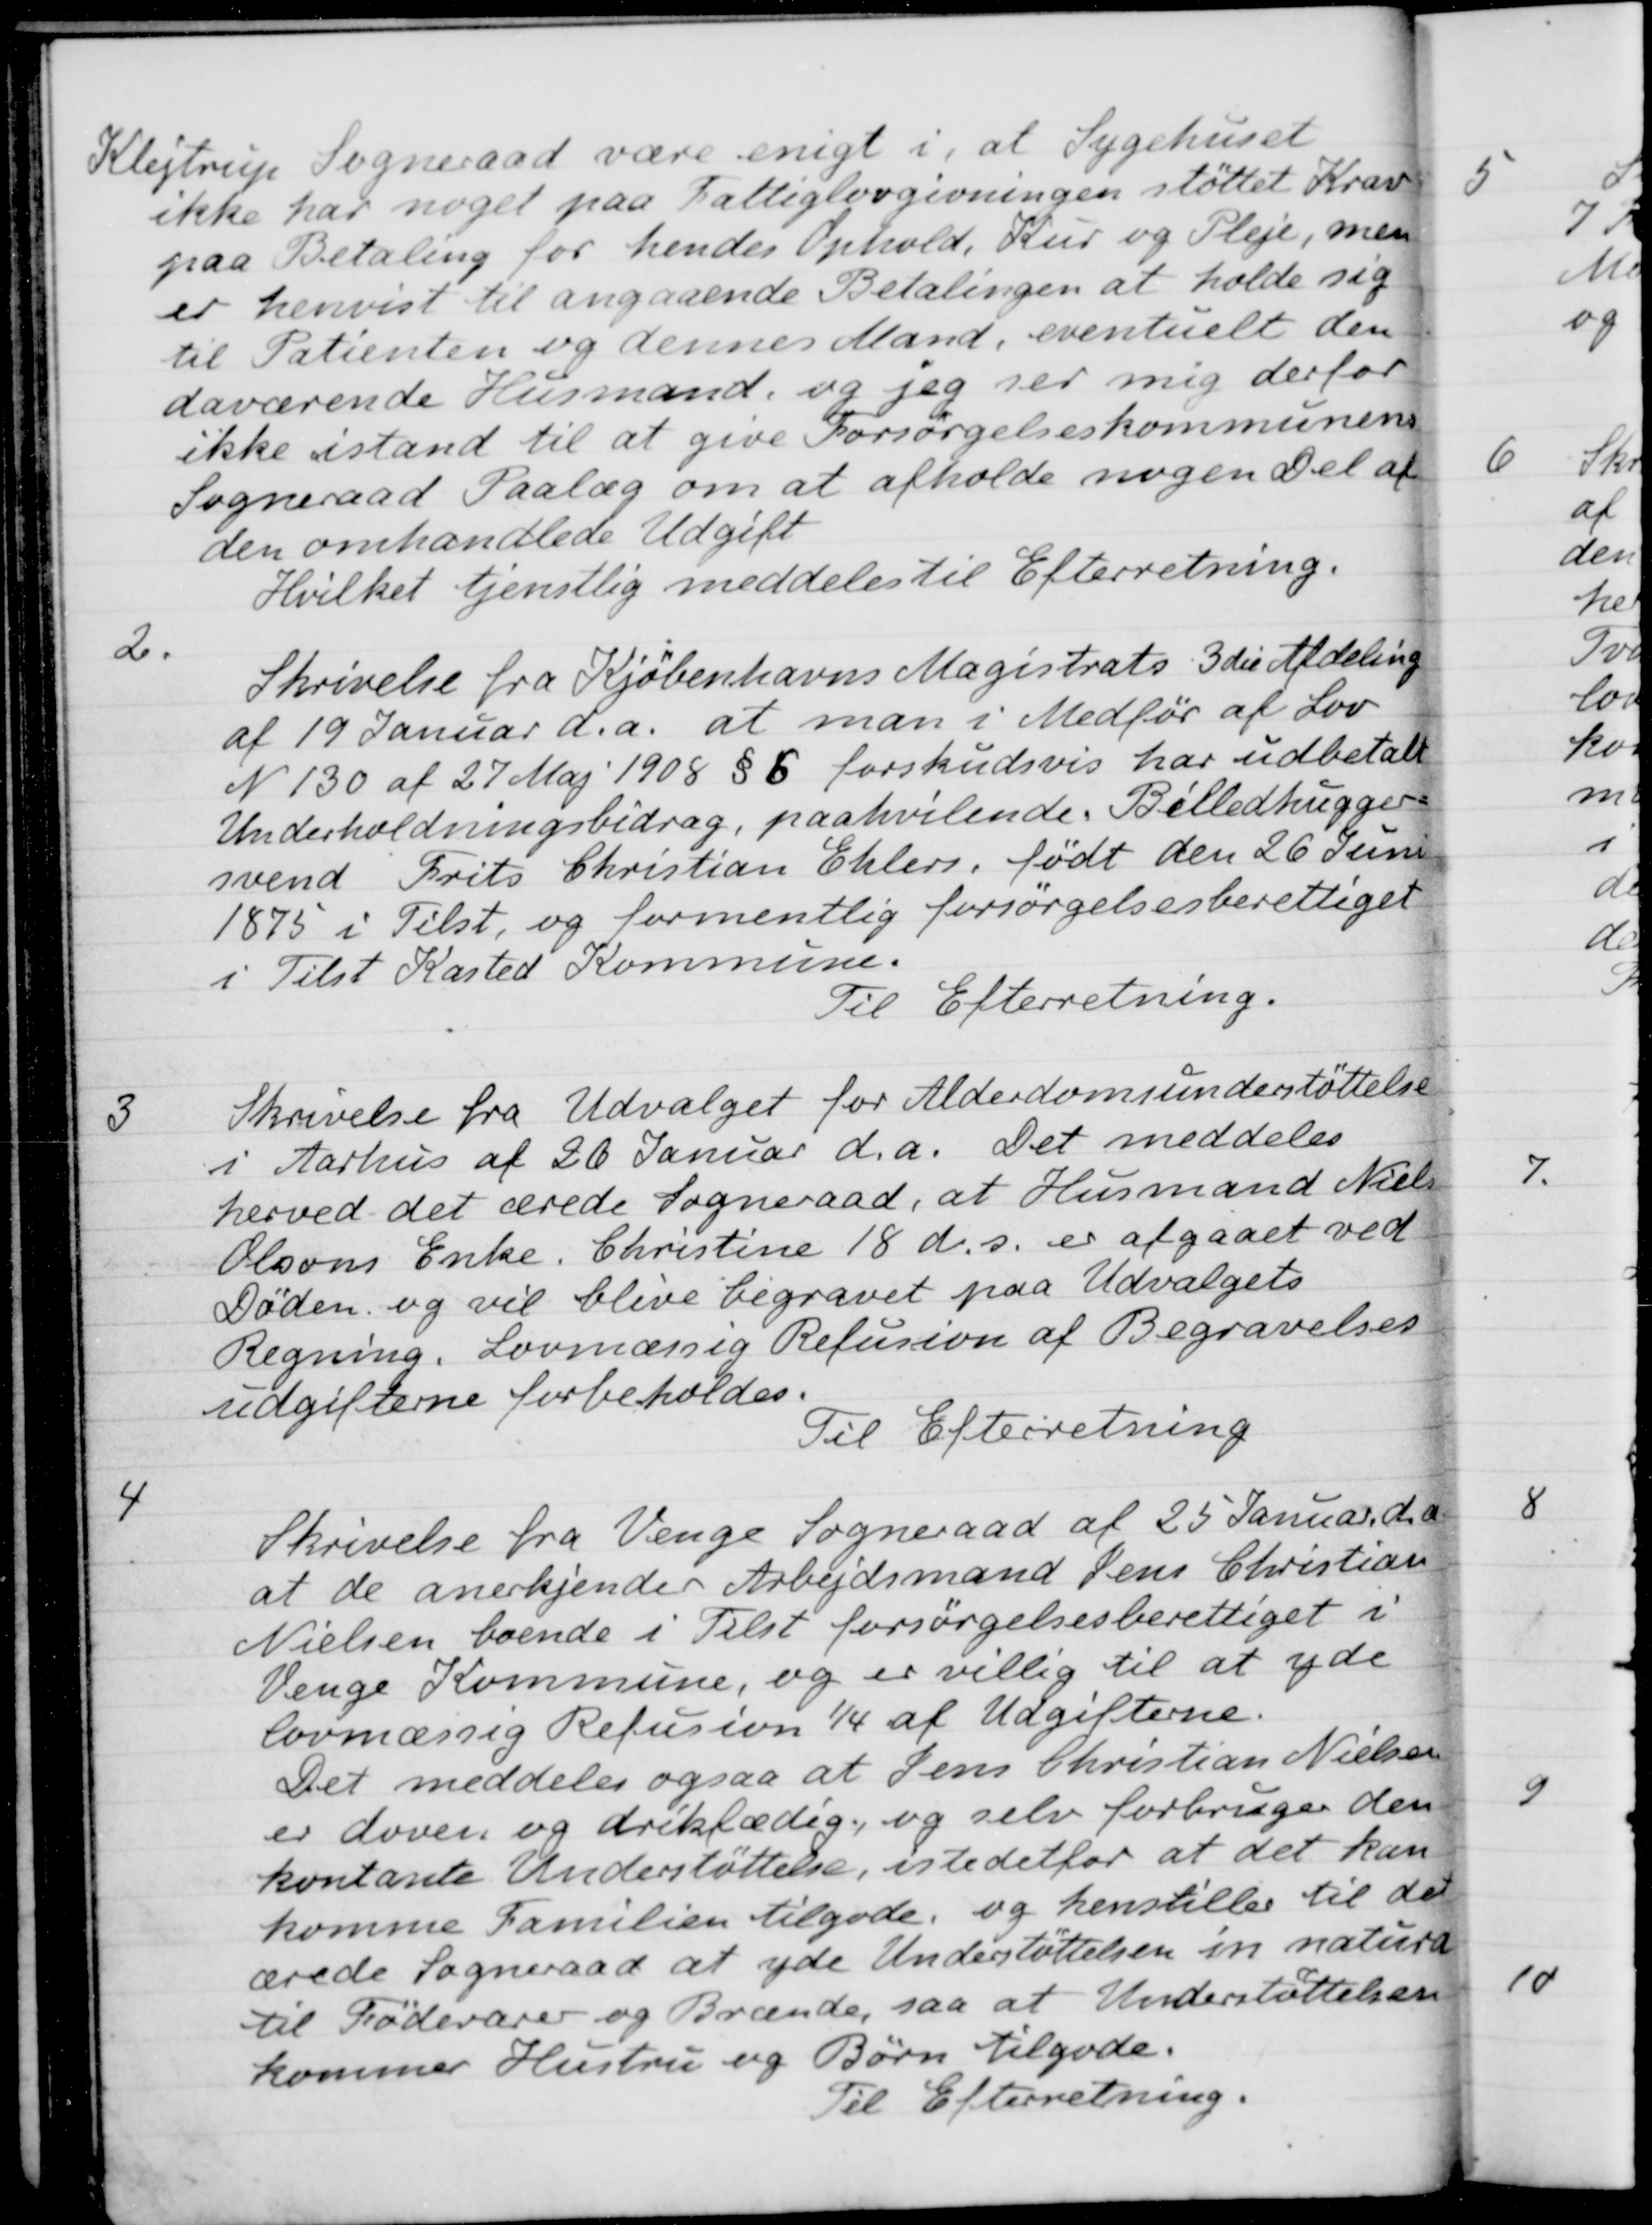
Transskription:
Klejtrup Sogneraad være enigt i, at Sygehuset
ikke har noget paa Fattiglovgivningen støttet Krav
paa Betaling for hendes Ophold, Kur og Pleje, men
er henvist til angaaende Betalingen at holde sig
til Patienten og dennes Mand, eventuelt den
daværende Husmand og jeg ser mig derfor
ikke istand til at give Forsørgelseskommunens
Sogneraad Paalæg om at afholde nogen Del af
den omhandlede Udgift
Hvilket tjenstlig meddeles til Efterretning.
2.
Skrivelse fra Kjøbenhavns Magistrats 3die Afdeling
af 19 Januar d.a. at man i Medfør af Lov
N 130 af 27 Maj 1908 § 6 forskudsvis har udbetalt
Underholdningsbidrag, paahvilende. Billedhugger-
svend Frits Christian Ehlers, født den 26 Juni
1875 i Tilst, og formentlig forsørgelsesberettiget
i Tilst Kasted Kommune.
Til Efterretning.
3
Skrivelse fra Udvalget for Alderdomsunderstøttelse
i Aarhus af 26 Januar d.a. Det meddeles
herved det ærede Sogneraad, at Husmand Niels
Olsons Enke, Christine 18 d. s. er afgaaet ved
Døden og vil blive begravet paa Udvalgets
Regning. Lovmæssig Refusion af Begravelses
udgifterne forbeholdes.
Til Efterretning
4
Skrivelse fra Venge Sogneraad af 25 Januar d. a
at de anerkjender Arbejdsmand Jens Christian
Nielsen boende i Tilst forsørgelsesberettiget i
Venge Kommune, og er villig til at yde
lovmæssig Refusion 1/4 af Udgifterne.
Det meddeles ogsaa at Jens Christian Nielsen
er doven og drikfædig, og selv forbruger den
kontante Understøttelse, istedetfor at det kan
komme Familien tilgode, og henstiller til det
ærede Sogneraad at yde Understøttelsen in natura
til Fødevarer og Brænde, saa at Understøttelsen
kommer Hustru og Børn tilgode.
Til Efterretning.